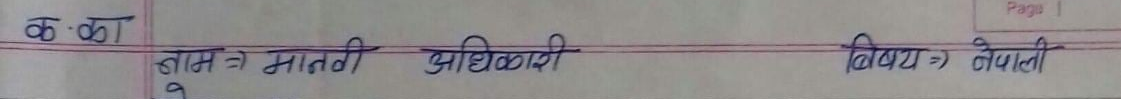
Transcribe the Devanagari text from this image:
क. का नाम = सामग्री अधिकारी विषय = नेपाली